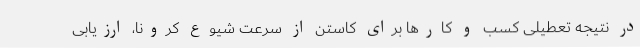
در نتیجه تعطیلی کسب و کارها برای کاستن از سرعت شیوع کرونا، ارزیابی